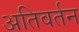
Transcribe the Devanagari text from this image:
अतिवर्तन